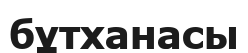
бұтханасы